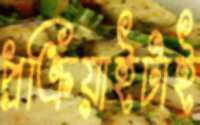
প্রক্রিয়াইটাই